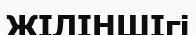
ЖІЛІНШІгі